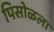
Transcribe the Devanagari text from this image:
पिसोळला